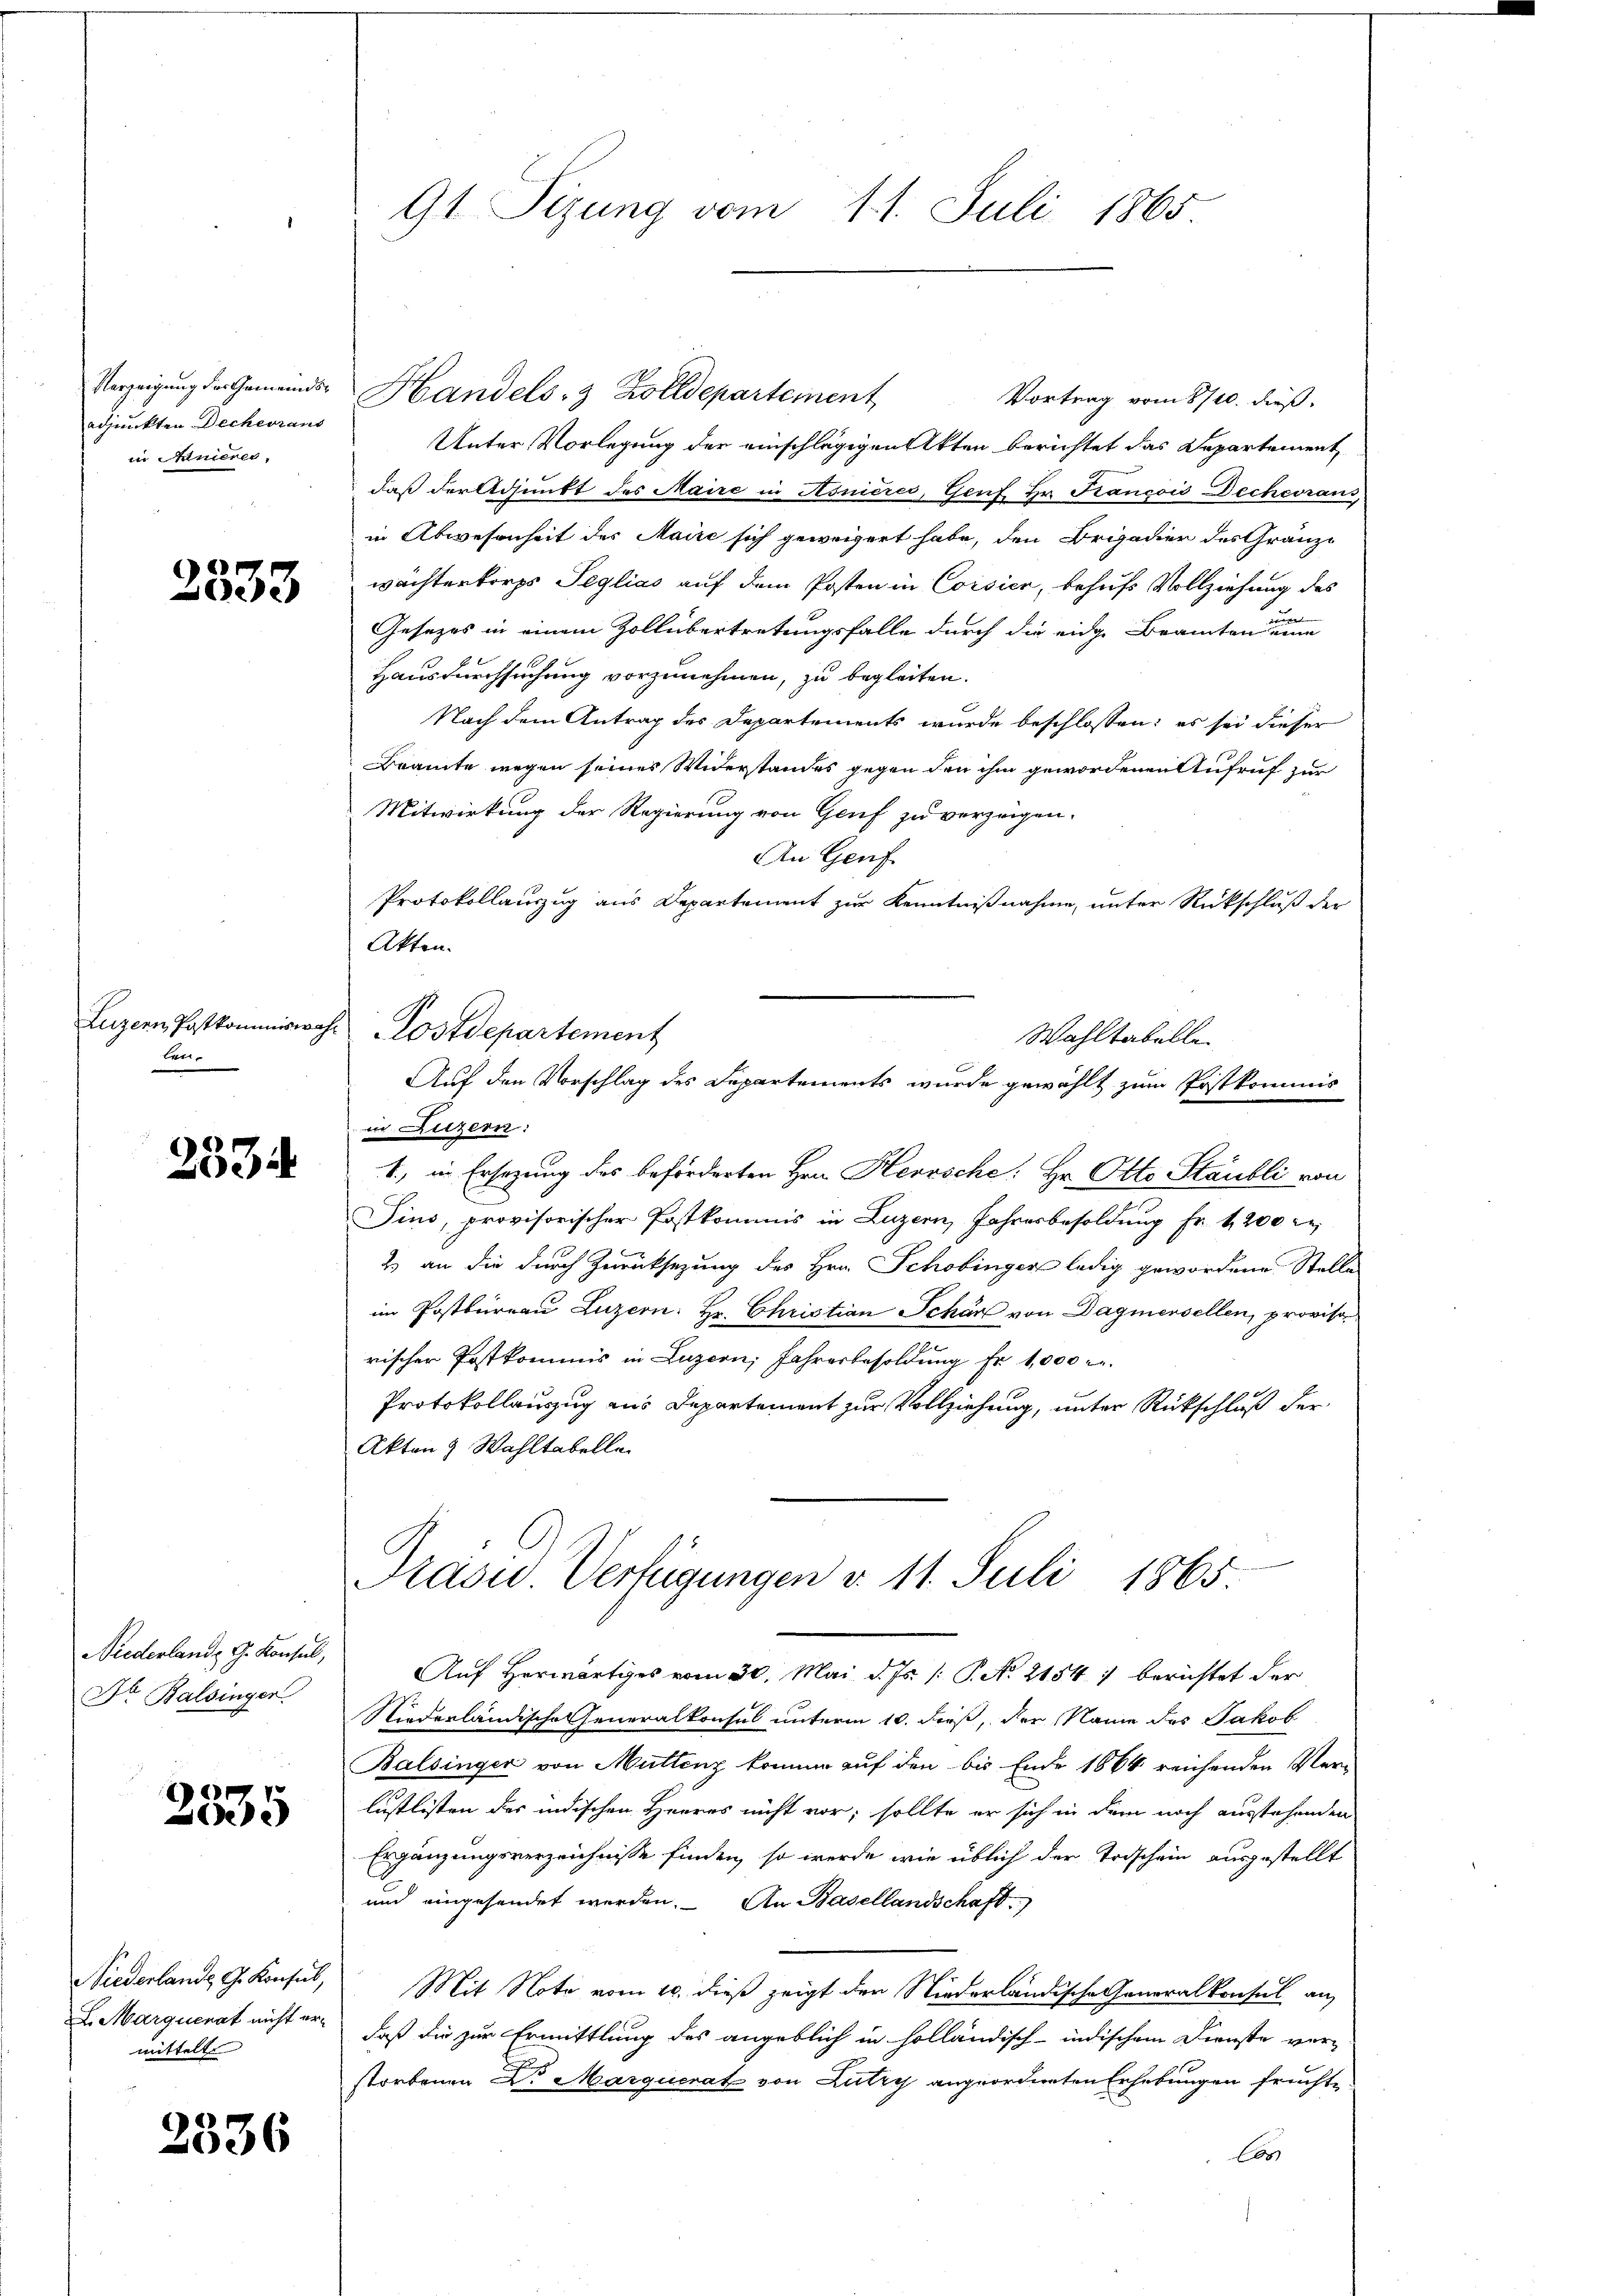
Verzeigung der Gemeindsadjunkten Decheraus
in Knieren,

2333

Luzern Postkommiswah
ten.

2334

Niederlande G. Konsul,
Dr Balsinger

2535

Wiederlande G. Konsul,
L. Marquerat nicht ermittelte

2336

91 Sizung vom 11. Juli 1865

Handels- & Zolldepartement
Vortrag vom 8710. dieß.
Unter Vorlegung der einschlägigen Akten berichtet das Departement
daß der Adjunkt des Maire in Asnières, Genf Hr. Francois Dechcorans,
in Abwesenheit des Maire sich geweigert habe, den Brigadier des Granz-
wachterkorps Jeglias auf dem Posten in Corsier, behufs Vollziehung des
um
Gesetzes in einem Zollübertretungsfalle durch die eidg. Beamten eine
Hausdurchsuchung vorzunehmen, zu begleiten.
Nach dem Antrag des Departements wurde beschlossen: es sei dieser
Bramte wegen seines Widerstandes gegen den ihm gewordenen Aufruf zur
Mitwirkung der Regierung von Genf zu verzeigen.
An Genf
Protokollauszug aus Departement zur Kenntnißnahme, unter Rückschluß der
Akten.
in Luzern:
1., in Ersezung des beförderten Hrn. Herrsche: Hr. Otto Staubli von
Sins, provisorischer Postkommis in Luzern, Jahresbesoldung Fr. 1200 re
2) an die durch Zurücksezung des Hrn. Schobinger ledig gewordene Stelle
im Postbureau Luzern: Hr. Christian Schär von Dagmersellen, proviso
rischer Postkommis in Luzern, Jahresbesoldung Fr. 1,000 l.
Protokollauszug aus Departement zur Vollziehung, unter Rückschluß der
Akten Wahltabelle
Präsid Verfügungen d. 11. Juli 1865.
Auf Herwärtiges vom 30. Mai d. Js. /: P. N. 2154) berichtet der
Niederländische Generalkonsul unterm 10. dieß, der Name des Jakob
Balsinger von Muttenz komme auf den bis Ende 1864 reichenden Ver-
lustlisten des indischen Herres nicht vor, sollte er sich in dem noch ausstehenden
Ergänzungsverzeichnisse finden, so werde wie üblich der Todschein ausgestellt
und eingesendet werden. An Basellandschaft.
Mit Note vom 10. dieß zeigt der Niederländische Generalkonsul auf
daß die zur Ermittlung des angeblich in holländisch-indischem Dienste ver-
storbenen Dr. Marquerat von Lutry angeordneten Erhebungen fruchte
Co

Postdepartement

Wahltabelle
Auf den Vorschlag des Departements wurde gewählt zum Postkommis